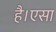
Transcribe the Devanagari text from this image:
है।एसा